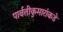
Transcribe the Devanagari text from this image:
पार्वतीकुमारांकडे